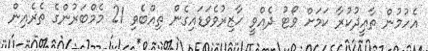
އެހުމުން ތާއީދުކުރާ ކަމަށް ވޯޓު ދެއްވީ ހާޒިރުވެވަޑައިގެން ތިއްބެވި 21 މެމްބަރުންގެ ތެރެއިން